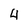
Character: 4